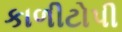
કાળીટોપી